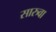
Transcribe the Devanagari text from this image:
सारुवा